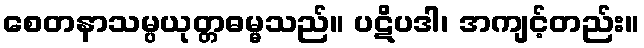
စေတနာသမ္ပယုတ္တဓမ္မသည်။ ပဋိပဒါ၊ အကျင့်တည်း။